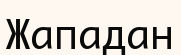
Жападан